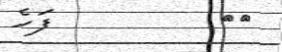
٣٦         ފަހެ